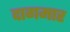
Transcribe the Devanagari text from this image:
दागमार